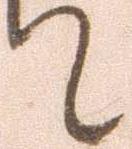
て